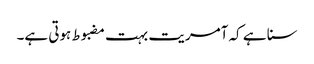
سنا ہے کہ آمریت بہت مضبوط ہوتی ہے۔